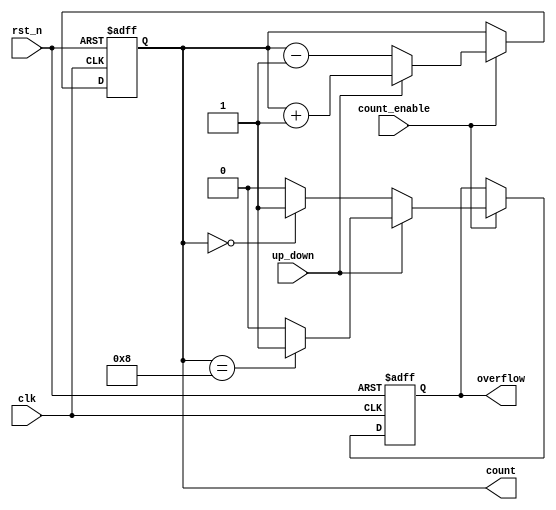
module cascaded_counter #(
    parameter WIDTH = 4 // Width of the counter (number of bits)
)(
    input wire clk,               // Clock input
    input wire rst_n,             // Active low synchronous reset
    input wire count_enable,      // Count enable signal
    input wire up_down,           // Up/Down control (1 for up, 0 for down)
    output reg [WIDTH-1:0] count, // Current count value
    output reg overflow           // Overflow flag
);

    // Internal signal for the next count value
    reg [WIDTH-1:0] next_count;

    always @(posedge clk or negedge rst_n) begin
        if (!rst_n) begin
            count <= 0;            // Reset the count to 0
            overflow <= 0;         // Reset overflow flag
        end else if (count_enable) begin
            // Determine the next count value
            if (up_down) begin
                next_count = count + 1; // Increment
                // Check for overflow
                if (count == {1'b1, {WIDTH-1{1'b0}}}) begin
                    overflow <= 1; // Set overflow if max value reached
                end else begin
                    overflow <= 0; // No overflow
                end
            end else begin
                next_count = count - 1; // Decrement
                // Check for underflow
                if (count == 0) begin
                    overflow <= 1; // Set overflow if min value reached (underflow)
                end else begin
                    overflow <= 0; // No underflow
                end
            end
            count <= next_count; // Update the count value
        end
    end

endmodule